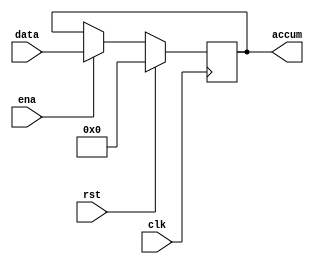
//
//data
module accum (
    input   clk     ,
    input   ena     ,//load_acc
    input   rst     ,
    input        [7:0]   data    ,//alu_out
    output  reg  [7:0]   accum
);
    
    always @(posedge clk ) begin
        if (rst) begin
            accum <= 8'h00      ;
        end else if (ena) begin
            accum <= data   ;//cpu
        end 
    end 
endmodule